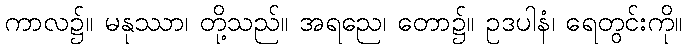
ကာလ၌။ မနုဿာ၊ တို့သည်။ အရညေ၊ တော၌။ ဥဒပါနံ၊ ရေတွင်းကို။